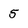
Character: 5